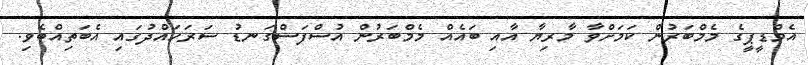
އެމްޑީޕީގެ މެމްބަރުން ކަމަށްވާ މާރިޔާ އާއި ބައެއް މެމްބަރުން އުސްފަސްގަނޑު ސަރަހައްދުގައި އެބަތިއްބެވި.